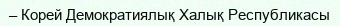
– Корей Демократиялық Халық Республикасы